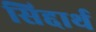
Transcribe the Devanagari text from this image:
सिद्दार्थ